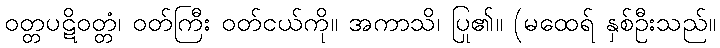
ဝတ္တပဋိဝတ္တံ၊ ဝတ်ကြီး ဝတ်ငယ်ကို။ အကာသိ၊ ပြု၏။ (မထေရ် နှစ်ဦးသည်။